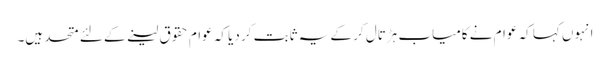
انہوں کہا کہ عوام نے کامیاب ہڑتال کر کے یہ ثابت کر دیا کہ عوام حقوق لینے کے لئے متحد ہیں۔